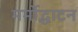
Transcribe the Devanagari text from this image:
मर्मोद्धाटन